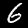
Digit: 6